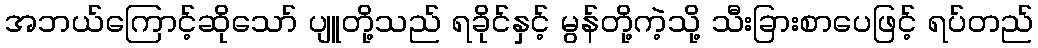
အဘယ်ကြောင့်ဆိုသော် ပျူတို့သည် ရခိုင်နှင့် မွန်တို့ကဲ့သို့ သီးခြားစာပေဖြင့် ရပ်တည်